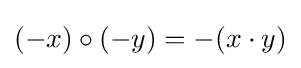
(-x)\circ (-y)=-(x\cdot y)